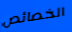
الخصائص